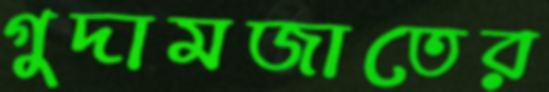
গুদামজাতের